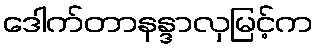
ဒေါက်တာနန္ဒာလှမြင့်က